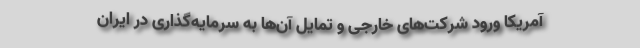
آمریکا ورود شرکت‌های خارجی و تمایل آن‌ها به سرمایه‌گذاری در ایران